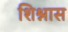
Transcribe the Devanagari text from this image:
शिश्नास